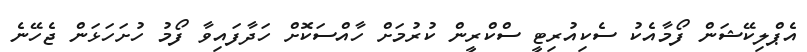
އެޕްލިކޭޝަން ފޯމާއެކު ސެކިއުރިޓީ ސްކްރީން ކުރުމަށް ހާއްސަކޮށް ހަދާފައިވާ ފޯމު ހުށަހަޅަން ޖެހޭނެ